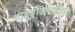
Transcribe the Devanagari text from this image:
हाइड्रोडामालिस